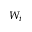
W _ { i }